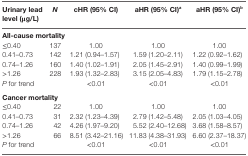
| Urinary lead level (μg/L) | N | cHR (95% CI) | aHR (95% CI)a | aHR (95% CI)b |
 | --- | --- | --- | --- | --- |
 | <COLSPAN=5> All-cause mortality |
 | ≤0.40 | 137 | 1.00 | 1.00 | 1.00 |
 | 0.41–0.73 | 142 | 1.21 (0.94–1.57) | 1.59 (1.20–2.11) | 1.22 (0.92–1.62) |
 | 0.74–1.26 | 160 | 1.40 (1.02–1.91) | 2.05 (1.45–2.91) | 1.40 (0.99–1.99) |
 | >1.26 | 228 | 1.93 (1.32–2.83) | 3.15 (2.05–4.83) | 1.79 (1.15–2.78) |
 | P for trend |  | <0.01 | <0.01 | <0.01 |
 | <COLSPAN=5> Cancer mortality |
 | ≤0.40 | 22 | 1.00 | 1.00 | 1.00 |
 | 0.41–0.73 | 31 | 2.32 (1.23–4.39) | 2.79 (1.42–5.48) | 2.05 (1.03–4.05) |
 | 0.74–1.26 | 42 | 4.26 (1.97–9.20) | 5.52 (2.40–12.68) | 3.68 (1.58–8.57) |
 | >1.26 | 66 | 8.51 (3.42–21.16) | 11.83 (4.38–31.93) | 6.60 (2.37–18.37) |
 | P for trend |  | <0.01 | <0.01 | <0.01 |